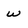
Character: w